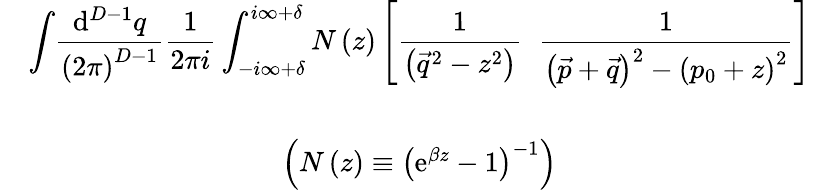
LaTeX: \begin{array}{ccc}{{{}}}&{{\displaystyle{\int}\displaystyle{\frac{\mathrm{d}^{D-1}q}{\left(2\pi\right)^{D-1}}}\displaystyle{\frac{1}{2\pi i}}\int_{-i\infty+\delta}^{i\infty+\delta}N\left(z\right)\left[\displaystyle{\frac{1}{\left(\vec{q}^{2}-z^{2}\right)}}\; \; \displaystyle{\frac{1}{\left(\vec{p}+\vec{q}\right)^{2}-\left(p_{0}+z\right)^{2}}}\right]}}&{{{}}}\\ {{{}}}&{{{}}}&{{{}}}\\ {{{}}}&{{\left(N\left(z\right)\equiv\left(\mathrm{e}^{\beta z}-1\right)^{-1}\right)}}&{{{}}}\end{array}